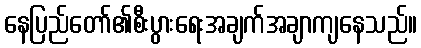
နေပြည်တော်၏စီးပွားရေးအချက်အချာကျနေသည်။